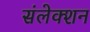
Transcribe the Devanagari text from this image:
संलेक्शन